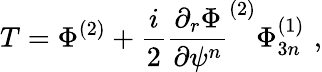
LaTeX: T=\Phi^{(2)}+\frac{i}{2}\frac{\partial_{r}\Phi}{\partial\psi^{n}}^{(2)}\Phi_{3n}^{(1)}\, \, ,